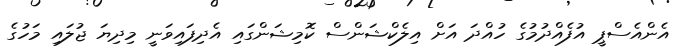
އެންއެސްޕީ އުފެއްދުމުގެ ހުއްދަ އަށް އިލެކްޝަންސް ކޮމިޝަންގައި އެދިފައިވަނީ މިދިޔަ ޖުލައި މަހުގެ